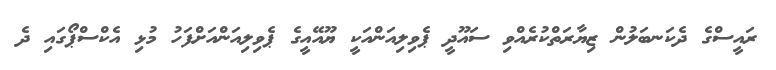
ރައީސްގެ ދެކަނބަލުން ޒިޔާރަތްކުރެއްވި ސައޫދީ ޕެވިލިއަންއަކީ ޔޫއޭއީގެ ޕެވިލިއަންއަށްފަހު މުޅި އެކްސްޕޯގައި ދެ